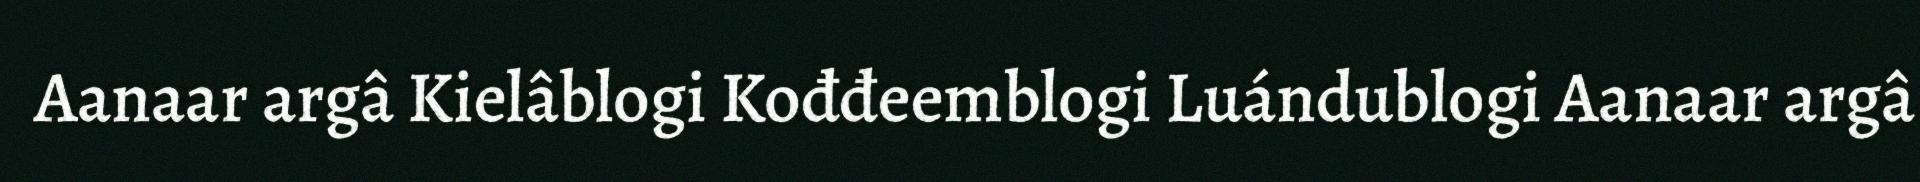
Aanaar argâ Kielâblogi Kođđeemblogi Luándublogi Aanaar argâ